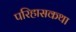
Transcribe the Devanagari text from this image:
परिहासकथा